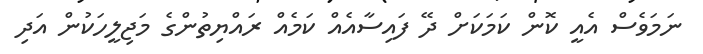
ނަމަވެސް އެއީ ކޮން ކަމަކަށް ދޭ ފައިސާއެއް ކަމެއް ރައްޔިތުންގެ މަޖިލީހަކުން އަދި